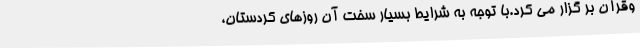
وقرآن بر گزار می کرد.با توجه به شرایط بسیار سخت آن روزهای کردستان،